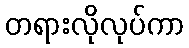
တရားလိုလုပ်ကာ